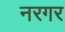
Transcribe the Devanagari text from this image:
नरगर